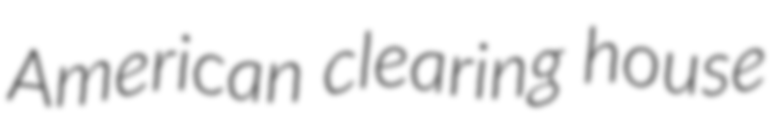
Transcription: American clearing house